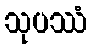
သုပဿံ